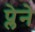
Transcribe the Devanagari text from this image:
प्लेने